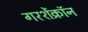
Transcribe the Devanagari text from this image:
गरशेंक्रॉन